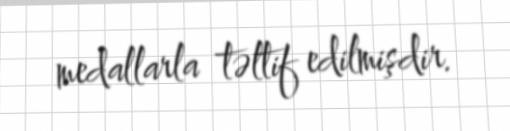
medallarla təltif edilmişdir.